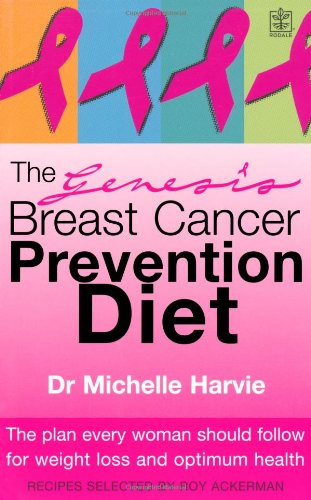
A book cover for The Genesis Breast Cancer Prevention Diet: The Plan Every Woman Should Follow for Weight Loss and Optimum Health; Michelle Harvie; Health, Fitness & Dieting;